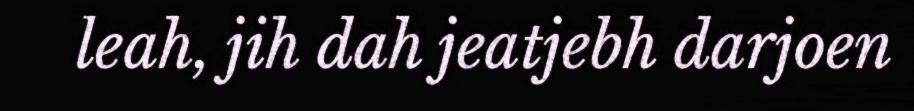
leah, jih dah jeatjebh darjoen